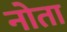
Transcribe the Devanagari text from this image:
नोता